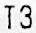
T3